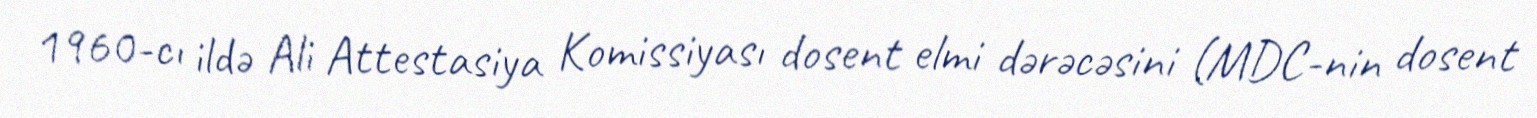
1960-cı ildə Ali Attestasiya Komissiyası dosent elmi dərəcəsini (MDC-nin dosent